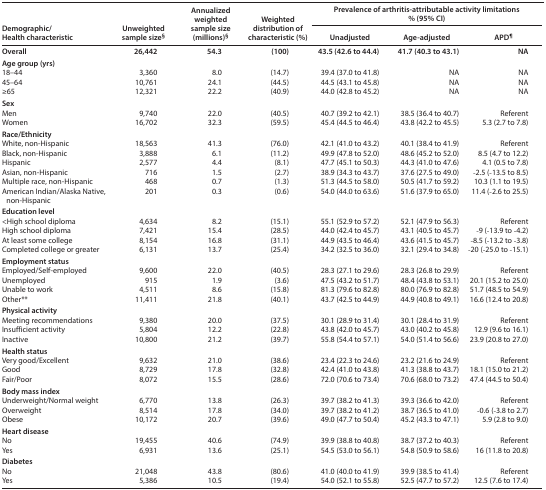
<table><thead><tr><td rowspan="3"><b>Demographic/Health characteristic</b></td><td rowspan="3"><b>Unweighted sample size<sup>§</sup></b></td><td rowspan="3"><b>Annualized weighted sample size (millions)<sup>§</sup></b></td><td rowspan="3"><b>Weighted distribution of characteristic (%)</b></td><td colspan="3"><b>Prevalence of arthritis-attributable activity limitations</b></td></tr><tr><td colspan="3"><b>% (95% CI)</b></td></tr><tr><td><b>Unadjusted</b></td><td><b>Age-adjusted</b></td><td><b>APD<sup>¶</sup></b></td></tr></thead><tbody><tr><td><b>Overall</b></td><td><b>26,442</b></td><td><b>54.3</b></td><td><b>(100)</b></td><td><b>43.5 (42.6 to 44.4)</b></td><td><b>41.7 (40.3 to 43.1)</b></td><td>NA</td></tr><tr><td colspan="7"><b>Age group (yrs)</b></td></tr><tr><td>18–44</td><td>3,360</td><td>8.0</td><td>(14.7)</td><td>39.4 (37.0 to 41.8)</td><td>NA</td><td>NA</td></tr><tr><td>45–64</td><td>10,761</td><td>24.1</td><td>(44.5)</td><td>44.5 (43.1 to 45.8)</td><td>NA</td><td>NA</td></tr><tr><td>≥65</td><td>12,321</td><td>22.2</td><td>(40.9)</td><td>44.0 (42.8 to 45.2)</td><td>NA</td><td>NA</td></tr><tr><td colspan="7"><b>Sex</b></td></tr><tr><td>Men</td><td>9,740</td><td>22.0</td><td>(40.5)</td><td>40.7 (39.2 to 42.1)</td><td>38.5 (36.4 to 40.7)</td><td>Referent</td></tr><tr><td>Women</td><td>16,702</td><td>32.3</td><td>(59.5)</td><td>45.4 (44.5 to 46.4)</td><td>43.8 (42.2 to 45.5)</td><td>5.3 (2.7 to 7.8)</td></tr><tr><td colspan="7"><b>Race/Ethnicity</b></td></tr><tr><td>White, non-Hispanic</td><td>18,563</td><td>41.3</td><td>(76.0)</td><td>42.1 (41.0 to 43.2)</td><td>40.1 (38.4 to 41.9)</td><td>Referent</td></tr><tr><td>Black, non-Hispanic</td><td>3,888</td><td>6.1</td><td>(11.2)</td><td>49.9 (47.8 to 52.0)</td><td>48.6 (45.2 to 52.0)</td><td>8.5 (4.7 to 12.2)</td></tr><tr><td>Hispanic</td><td>2,577</td><td>4.4</td><td>(8.1)</td><td>47.7 (45.1 to 50.3)</td><td>44.3 (41.0 to 47.6)</td><td>4.1 (0.5 to 7.8)</td></tr><tr><td>Asian, non-Hispanic</td><td>716</td><td>1.5</td><td>(2.7)</td><td>38.9 (34.3 to 43.7)</td><td>37.6 (27.5 to 49.0)</td><td>−2.5 (−13.5 to 8.5)</td></tr><tr><td>Multiple race, non-Hispanic</td><td>468</td><td>0.7</td><td>(1.3)</td><td>51.3 (44.5 to 58.0)</td><td>50.5 (41.7 to 59.2)</td><td>10.3 (1.1 to 19.5)</td></tr><tr><td>American Indian/Alaska Native, non-Hispanic</td><td>201</td><td>0.3</td><td>(0.6)</td><td>54.0 (44.0 to 63.6)</td><td>51.6 (37.9 to 65.0)</td><td>11.4 (−2.6 to 25.5)</td></tr><tr><td colspan="7"><b>Education level</b></td></tr><tr><td>&lt;High school diploma</td><td>4,634</td><td>8.2</td><td>(15.1)</td><td>55.1 (52.9 to 57.2)</td><td>52.1 (47.9 to 56.3)</td><td>Referent</td></tr><tr><td>High school diploma</td><td>7,421</td><td>15.4</td><td>(28.5)</td><td>44.0 (42.4 to 45.7)</td><td>43.1 (40.5 to 45.7)</td><td>−9 (−13.9 to −4.2)</td></tr><tr><td>At least some college</td><td>8,154</td><td>16.8</td><td>(31.1)</td><td>44.9 (43.5 to 46.4)</td><td>43.6 (41.5 to 45.7)</td><td>−8.5 (−13.2 to −3.8)</td></tr><tr><td>Completed college or greater</td><td>6,131</td><td>13.7</td><td>(25.4)</td><td>34.2 (32.5 to 36.0)</td><td>32.1 (29.4 to 34.8)</td><td>−20 (−25.0 to −15.1)</td></tr><tr><td colspan="7"><b>Employment status</b></td></tr><tr><td>Employed/Self-employed</td><td>9,600</td><td>22.0</td><td>(40.5)</td><td>28.3 (27.1 to 29.6)</td><td>28.3 (26.8 to 29.9)</td><td>Referent</td></tr><tr><td>Unemployed</td><td>915</td><td>1.9</td><td>(3.6)</td><td>47.5 (43.2 to 51.7)</td><td>48.4 (43.8 to 53.1)</td><td>20.1 (15.2 to 25.0)</td></tr><tr><td>Unable to work</td><td>4,511</td><td>8.6</td><td>(15.8)</td><td>81.3 (79.6 to 82.8)</td><td>80.0 (76.9 to 82.8)</td><td>51.7 (48.5 to 54.9)</td></tr><tr><td>Other**</td><td>11,411</td><td>21.8</td><td>(40.1)</td><td>43.7 (42.5 to 44.9)</td><td>44.9 (40.8 to 49.1)</td><td>16.6 (12.4 to 20.8)</td></tr><tr><td colspan="7"><b>Physical activity</b></td></tr><tr><td>Meeting recommendations</td><td>9,380</td><td>20.0</td><td>(37.5)</td><td>30.1 (28.9 to 31.4)</td><td>30.1 (28.4 to 31.9)</td><td>Referent</td></tr><tr><td>Insufficient activity</td><td>5,804</td><td>12.2</td><td>(22.8)</td><td>43.8 (42.0 to 45.7)</td><td>43.0 (40.2 to 45.8)</td><td>12.9 (9.6 to 16.1)</td></tr><tr><td>Inactive</td><td>10,800</td><td>21.2</td><td>(39.7)</td><td>55.8 (54.4 to 57.1)</td><td>54.0 (51.4 to 56.6)</td><td>23.9 (20.8 to 27.0)</td></tr><tr><td colspan="7"><b>Health status</b></td></tr><tr><td>Very good/Excellent</td><td>9,632</td><td>21.0</td><td>(38.6)</td><td>23.4 (22.3 to 24.6)</td><td>23.2 (21.6 to 24.9)</td><td>Referent</td></tr><tr><td>Good</td><td>8,729</td><td>17.8</td><td>(32.8)</td><td>42.4 (41.0 to 43.8)</td><td>41.3 (38.8 to 43.7)</td><td>18.1 (15.0 to 21.2)</td></tr><tr><td>Fair/Poor</td><td>8,072</td><td>15.5</td><td>(28.6)</td><td>72.0 (70.6 to 73.4)</td><td>70.6 (68.0 to 73.2)</td><td>47.4 (44.5 to 50.4)</td></tr><tr><td colspan="7"><b>Body mass index</b></td></tr><tr><td>Underweight/Normal weight</td><td>6,770</td><td>13.8</td><td>(26.3)</td><td>39.7 (38.2 to 41.3)</td><td>39.3 (36.6 to 42.0)</td><td>Referent</td></tr><tr><td>Overweight</td><td>8,514</td><td>17.8</td><td>(34.0)</td><td>39.7 (38.2 to 41.2)</td><td>38.7 (36.5 to 41.0)</td><td>−0.6 (−3.8 to 2.7)</td></tr><tr><td>Obese</td><td>10,172</td><td>20.7</td><td>(39.6)</td><td>49.0 (47.7 to 50.4)</td><td>45.2 (43.3 to 47.1)</td><td>5.9 (2.8 to 9.0)</td></tr><tr><td colspan="7"><b>Heart disease</b></td></tr><tr><td>No</td><td>19,455</td><td>40.6</td><td>(74.9)</td><td>39.9 (38.8 to 40.8)</td><td>38.7 (37.2 to 40.3)</td><td>Referent</td></tr><tr><td>Yes</td><td>6,931</td><td>13.6</td><td>(25.1)</td><td>54.5 (53.0 to 56.1)</td><td>54.8 (50.9 to 58.6)</td><td>16 (11.8 to 20.8)</td></tr><tr><td colspan="7"><b>Diabetes</b></td></tr><tr><td>No</td><td>21,048</td><td>43.8</td><td>(80.6)</td><td>41.0 (40.0 to 41.9)</td><td>39.9 (38.5 to 41.4)</td><td>Referent</td></tr><tr><td>Yes</td><td>5,386</td><td>10.5</td><td>(19.4)</td><td>54.0 (52.1 to 55.8)</td><td>52.5 (47.7 to 57.2)</td><td>12.5 (7.6 to 17.4)</td></tr></tbody></table>